Report on the nature of kala-azar
Disease focus: Kala-Azar
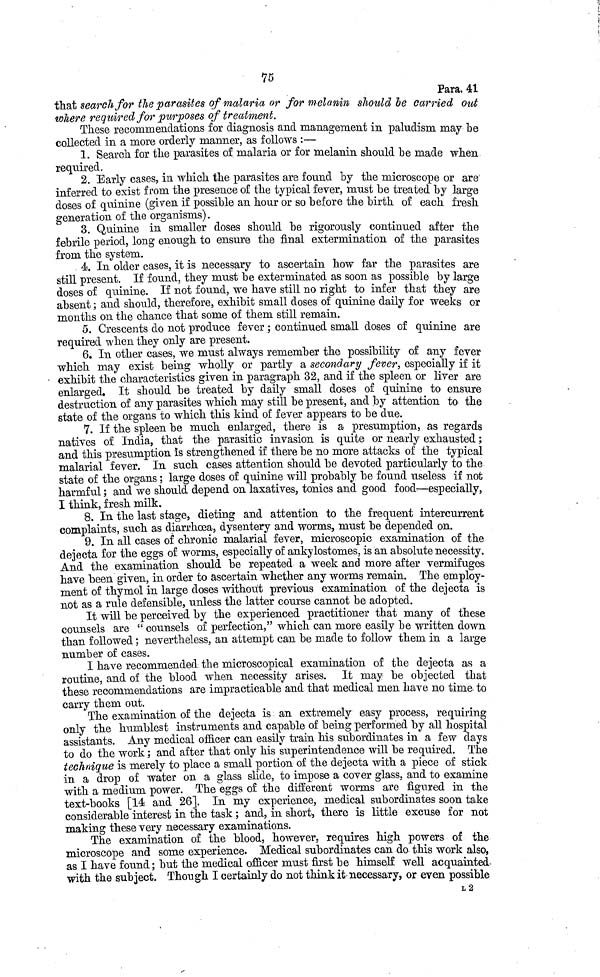
75
Para. 41
that search for the parasites of malaria or for melanin should be carried out
where required for purposes of treatment.
These recommendations for diagnosis and management in paludism may be
collected in a more orderly manner, as follows :—
1. Search for the parasites of malaria or for melanin should he made when
required.
2. Early cases, in which the parasites are found by the microscope or are
inferred to exist from the presence of the typical fever, must he treated by large
doses of quinine (given if possible an hour or so before the birth of each fresh
generation of the organisms).
3. Quinine in smaller doses should be rigorously continued after the
febrile period, long enough to ensure the final extermination of the parasites
from the system.
4. In older cases, it is necessary to ascertain how far the parasites are
still present. If found, they must be exterminated as soon as possible by large
doses of quinine. If not found, we have still no right to infer that they are
absent ; and should, therefore, exhibit small doses of quinine daily for weeks or
months on the chance that some of them still remain.
5. Crescents do not produce fever ; continued small doses of quinine are
required when they only are present.
6. In other cases, we must always remember the possibility of any fever
which may exist being wholly or partly a secondary fever, especially if it
exhibit the characteristics given in paragraph 32, and if the spleen or liver are
enlarged. It should be treated by daily small doses of quinine to ensure
destruction of any parasites which may still be present, and by attention to the
state of the organs" to which this kind of fever appears to be due.
7. If the spleen be much enlarged, there is a presumption, as regards
natives of India, that the parasitic invasion is quite or nearly exhausted ;
and this presumption is strengthened if there be no more attacks of the typical
malarial fever. In such cases attention should be devoted particularly to the
state of the organs ; large doses of quinine will probably be found useless if not
harmful ; and we should depend on laxatives, tonics and good food—especially,
I think, fresh milk.
8. In the last stage, dieting and attention to the frequent intercurrent
complaints, such as diarrhoea, dysentery and worms, must be depended on.
9. In all cases of chronic malarial fever, microscopic examination of the
dejecta for the eggs of worms, especially of ankylostomes, is an absolute necessity.
And the examination should be repeated a week and more after vermifuges
have been given, in order to ascertain whether any worms remain. The employ-
ment of thymol in large doses without previous examination of the dejecta is
not as a rule defensible, unless the latter course cannot be adopted.
It will be perceived by the experienced practitioner that many of these
counsels are " counsels of perfection," which can more easily he written down
than followed ; nevertheless, an attempt can be made to follow them in a large
number of cases.
I have recommended the microscopical examination of the dejecta as a
routine, and of the blood when necessity arises. It may be objected that
these recommendations are impracticable and that medical men have no time to
carry them out.
The examination of the dejecta is an extremely easy process, requiring
only the humblest instruments and capable of being performed by all hospital
assistants. Any medical officer can easily train his subordinates in a few days
to do the work ; and after that only his superintendence will be required. The
technique is merely to place a small portion of the dejecta with a piece of stick
in a drop of water on a glass slide, to impose a cover glass, and to examine
with a medium power. The eggs of the different worms are figured in the
text-books [14 and 26]. In my experience, medical subordinates soon take
considerable interest in the task ; and, in short, there is little excuse for not
making these very necessary examinations.
The examination of the blood, however, requires high powers of the
microscope and some experience. Medical subordinates can do this work also,
as I have found ; but the medical officer must first be himself well acquainted
with the subject. Though I certainly do not think it necessary, or even possible
L 2